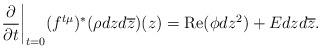
LaTeX: \begin{align*}\frac{\partial}{\partial t}\bigg|_{t=0} (f^{t\mu})^*(\rho dzd\overline{z})(z) ={\rm Re}(\phi dz^2) + Edzd\overline{z}.\end{align*}